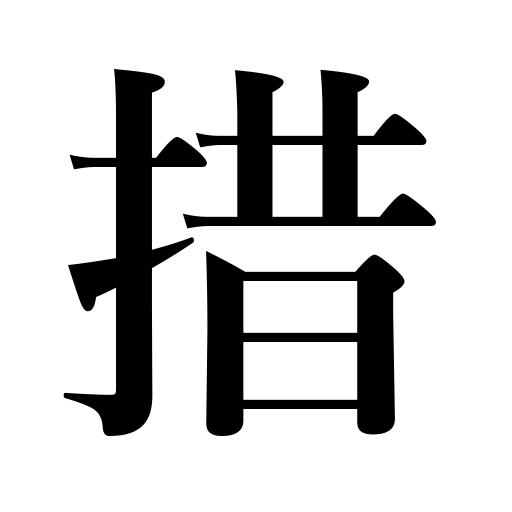
Meanings: lay aside,discontinue,give up,except,suspend,set apart